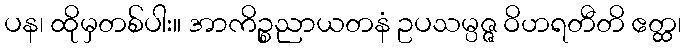
ပန၊ ထိုမှတစ်ပါး။ အာကိဉ္စညာယတနံ ဥပသမ္ပဇ္ဇ ဝိဟရတီတိ ဧတ္ထ၊